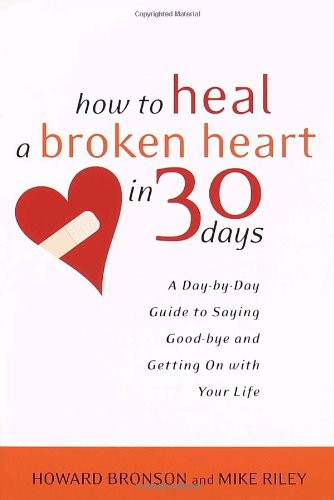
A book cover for How to Heal a Broken Heart in 30 Days: A Day-by-Day Guide to Saying Good-bye and Getting On With Your Life; Howard Bronson; Self-Help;